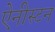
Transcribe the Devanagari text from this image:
ऐनीस्टन